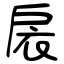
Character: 扆